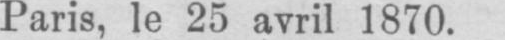
Paris, le 25 avril 1870.